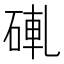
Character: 𬒒